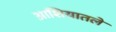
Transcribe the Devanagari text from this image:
आशियातले